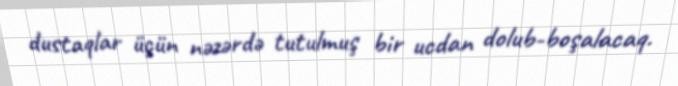
dustaqlar üçün nəzərdə tutulmuş bir ucdan dolub-boşalacaq.